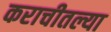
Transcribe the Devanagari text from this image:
कराचीतल्या